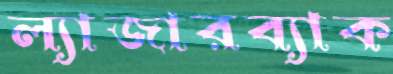
ল্যাজারব্যাক